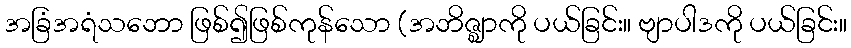
အခြံအရံသဘော ဖြစ်၍ဖြစ်ကုန်သော (အဘိဇ္ဈာကို ပယ်ခြင်း။ ဗျာပါဒကို ပယ်ခြင်း။